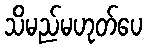
သိမည်မဟုတ်ပေ